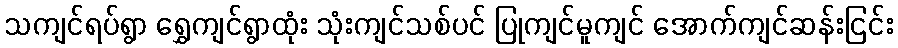
သကျင်ရပ်ရွာ ရွှေကျင်ရွာထုံး သုံးကျင်သစ်ပင် ပြုကျင်မူကျင် အောက်ကျင်ဆန်းငြင်း